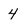
Character: 4